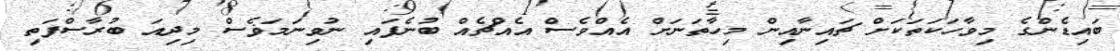
ބައިޑެންގެ މިވާހަކަތަކަށް ޗައިނާއިން މިހާތަނަށް އެއްވެސް އެއްޗެއް ބުނެފައި ނުވިނަމަޥެސް މިދިއަ ބުރާސްފަތި